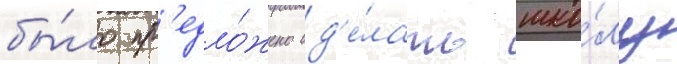
бы́ло пр'едло́жено сд'е́лать шко́лу